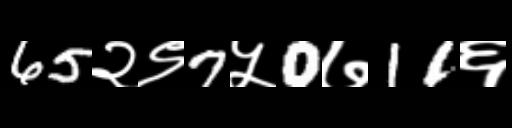
Text: 65२९7५0७11६